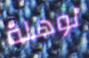
لوهلة